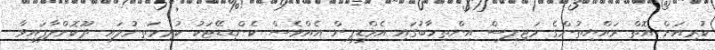
ކުރިއަށް އޮތް ރައްޔިތުންގެ މަޖިލިސް އިންތިހާބުގައި އެމްޑީޕީން އެއްވެސް ކެންޑިޑޭޓަކު ކުރިމަތިނުލައި ދޫކޮށްލާފައިވާ